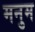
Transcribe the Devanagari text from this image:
मनुम